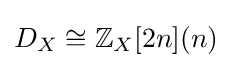
D_{X}\cong \mathbb {Z} _{X}[2n](n)